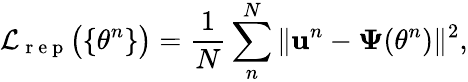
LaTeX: \mathcal{L}_{\mathrm{~r~e~p~}}\big(\{ \theta^{n}\} \big)=\frac{1}{N}\sum_{n}^{N}\| \textbf{u}^{n}-\boldsymbol{\Psi}(\theta^{n})\| ^{2},